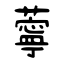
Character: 薴